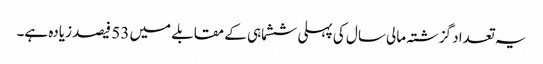
یہ تعداد گزشتہ مالی سال کی پہلی ششماہی کے مقابلے میں 53 فیصد زیادہ ہے۔